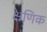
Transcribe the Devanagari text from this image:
क्ष्रेणिक